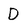
Character: D